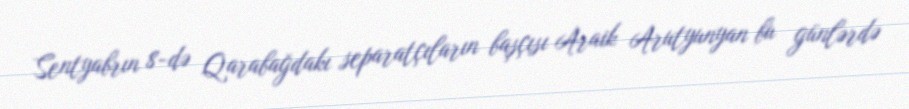
Sentyabrın 8-də Qarabağdakı separatçıların başçısı Araik Arutyunyan bu günlərdə